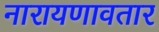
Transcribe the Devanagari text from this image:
नारायणावतार